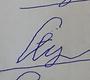
Signature authenticity: forged